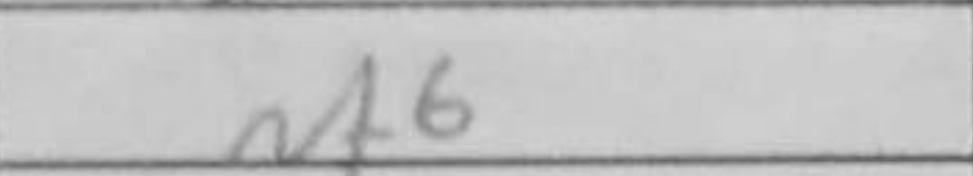
Transcription: Nf6